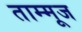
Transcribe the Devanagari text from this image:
ताम्मूज